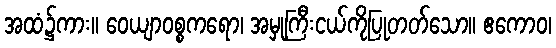
အထံ၌ကား။ ဝေယျာဝစ္စကရော၊ အမှုကြီးငယ်ကိုပြုတတ်သော။ ဧကောဝ၊